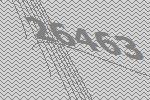
26463